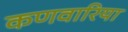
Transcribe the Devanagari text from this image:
कणवारिया